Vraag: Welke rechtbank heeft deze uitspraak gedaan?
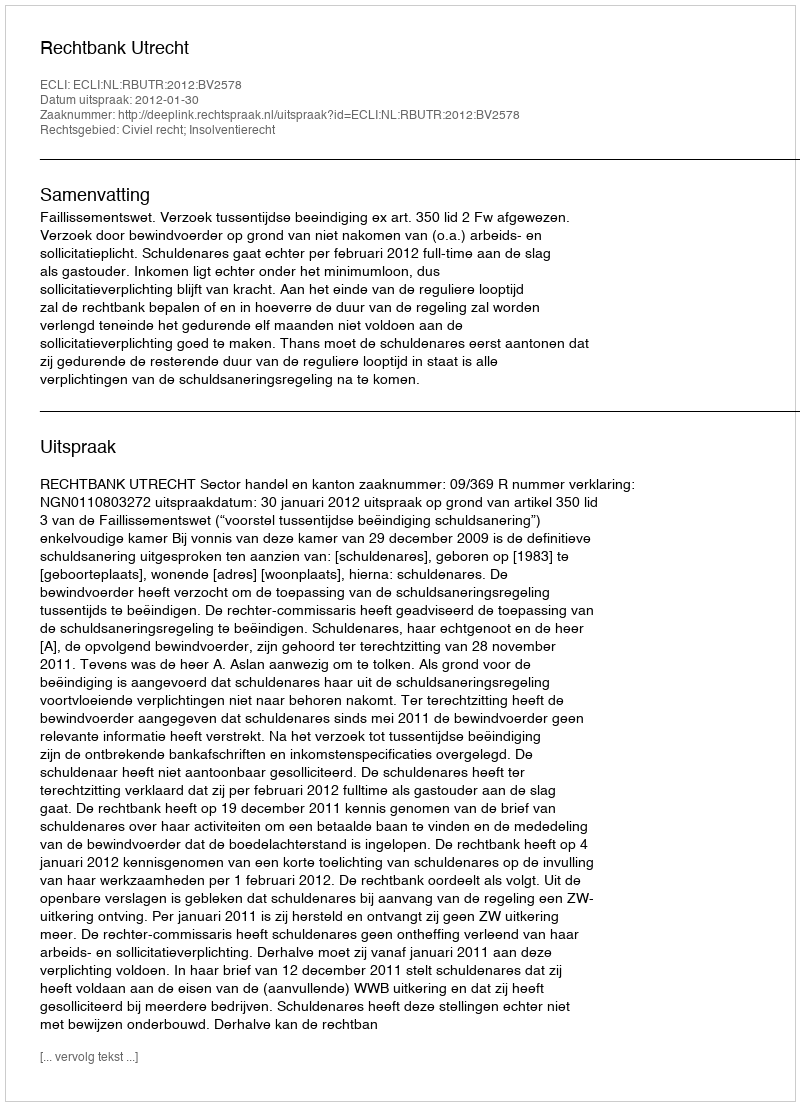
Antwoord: Rechtbank Utrecht